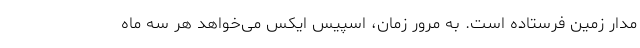
مدار زمین فرستاده است. به مرور زمان، اسپیس ایکس می‌خواهد هر سه ماه